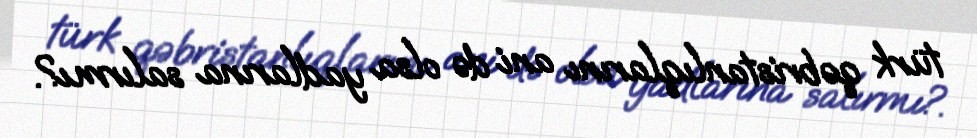
türk qəbristanlıqlarını ani də olsa yadlarına salırmı?.